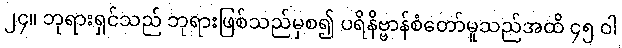
၂၄။ ဘုရားရှင်သည် ဘုရားဖြစ်သည်မှစ၍ ပရိနိဗ္ဗာန်စံတော်မူသည်အထိ ၄၅ ဝါ